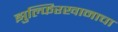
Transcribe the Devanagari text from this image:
झुल्फिरखानाचा